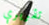
تقريري